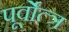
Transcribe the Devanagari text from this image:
पूर्वोत्त्र